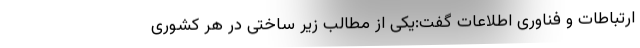
ارتباطات و فناوری اطلاعات گفت:یکی از مطالب زیر ساختی در هر کشوری